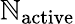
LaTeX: \mathbb{N}_{\mathrm{{active}}}